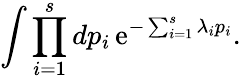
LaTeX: \int\prod_{i=1}^{s}dp_{i}\, \mathrm{e}^{-\sum_{i=1}^{s}\lambda_{i}p_{i}}.